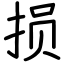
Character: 损